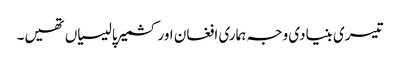
تیسری بنیادی وجہ ہماری افغان اور کشمیر پالیسیاں تھیں۔